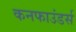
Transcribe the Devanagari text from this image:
कनफाउंडर्स